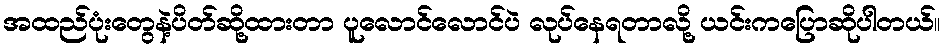
အထည်ပုံးတွေနဲ့ပိတ်ဆို့ထားတာ ပူလောင်လောင်ပဲ လုပ်နေရတာလို့ ယင်းကပြောဆိုပါတယ်။